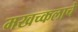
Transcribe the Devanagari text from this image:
मखच्कलाचे